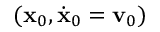
( { \bf x } _ { 0 } , \dot { \bf x } _ { 0 } = { \bf v } _ { 0 } )